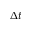
\Delta t